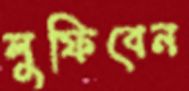
লুফিবেন